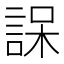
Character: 𮘒